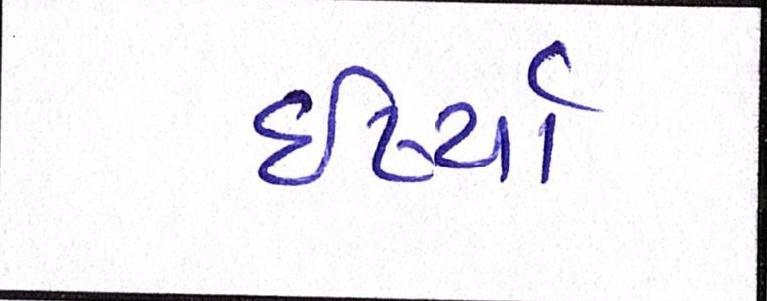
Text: ઈર્ષ્યા